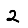
Digit: 2